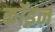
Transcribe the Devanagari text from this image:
कॉइन